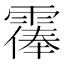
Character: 𩄴